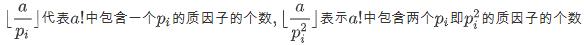
$\left[\dfrac{a}{p_{i}}\right]$代表$a!$中包含一个$p_{i}$的质因子的个数,$\left[\dfrac{a}{p_{i}^{2}}\right]$表示$a!$中包含两个$p_{i}$即$p_{i}^{2}$的质因子的个数